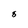
Character: 8